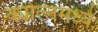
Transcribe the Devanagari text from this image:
क्योल्नमध्ये